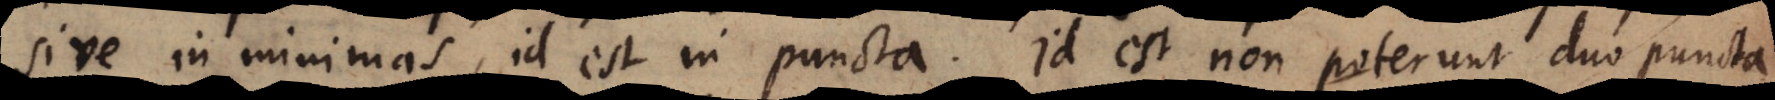
sive in minimas, id est in puncta. Id est non poterunt duo puncta